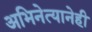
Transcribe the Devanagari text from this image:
अभिनेत्यानेही